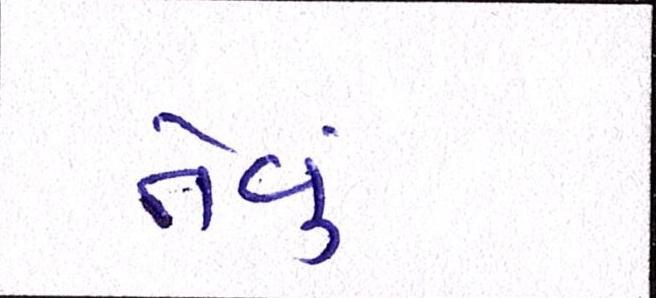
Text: તેવું